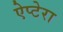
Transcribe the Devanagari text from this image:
ऐप्टेरा